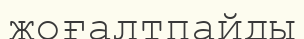
жоғалтпайды